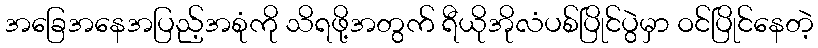
အခြေအနေအပြည့်အစုံကို သိရဖို့အတွက် ရီယိုအိုလံပစ်ပြိုင်ပွဲမှာ ဝင်ပြိုင်နေတဲ့